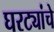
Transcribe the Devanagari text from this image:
घरट्यांचे